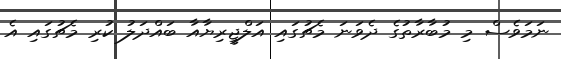
ނަމަވެސް މި މުބާރާތުގެ ދެވަނަ މެޗުގައި އަލްޖީރިޔާއާ ބައްދަލު ކުރި މެޗުގައި އެ